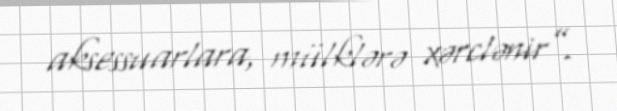
aksessuarlara, mülklərə xərclənir”.